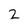
Character: 2